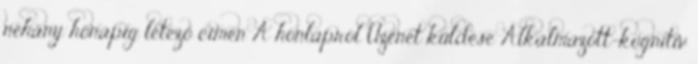
néhány hónapig létező címen A honlapról Üzenet küldése Alkalmazott-kognitív